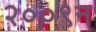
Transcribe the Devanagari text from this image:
२००९न